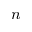
n